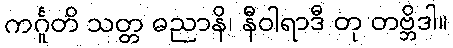
ကင်္ဂူတိ သတ္တ ဓညာနိ၊ နီဝါရာဒီ တု တဗ္ဘိဒါ။